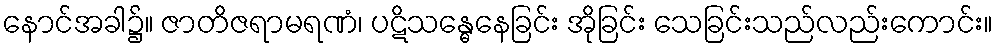
နောင်အခါ၌။ ဇာတိဇရာမရဏံ၊ ပဋိသန္ဓေနေခြင်း အိုခြင်း သေခြင်းသည်လည်းကောင်း။